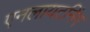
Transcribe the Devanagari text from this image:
एनलायटनिंग